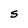
Character: S